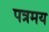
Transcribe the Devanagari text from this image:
पत्रमय